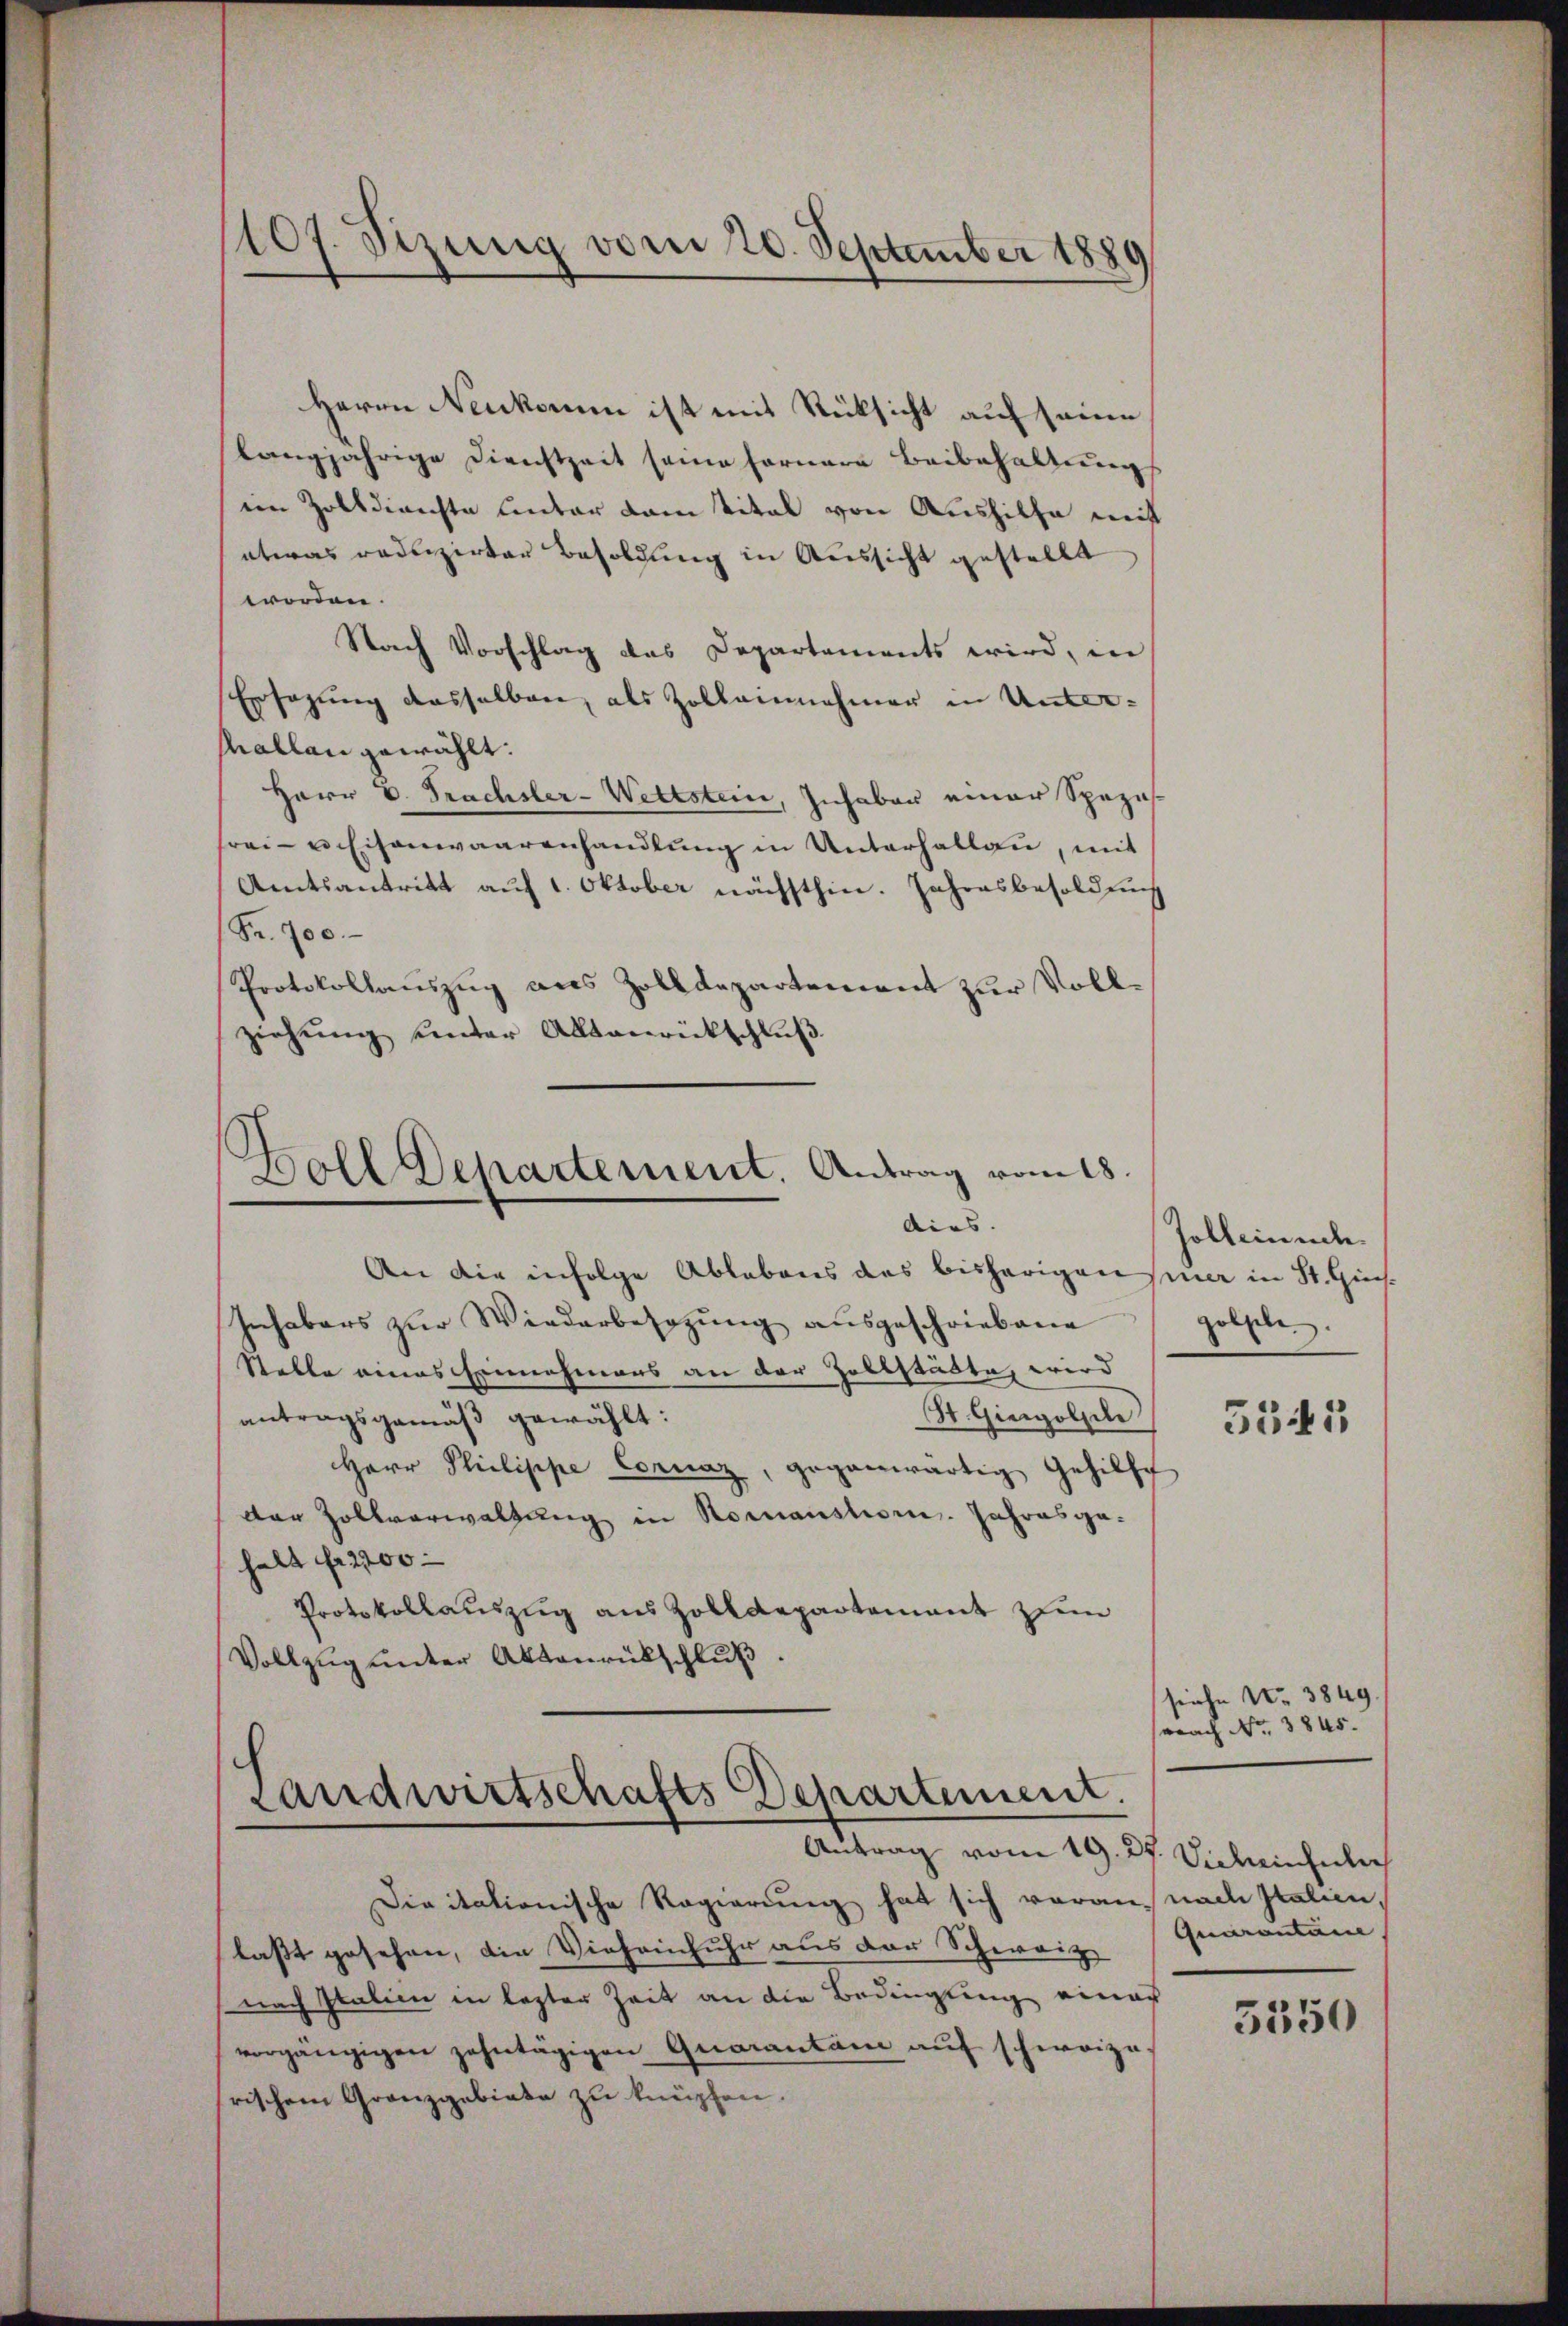
1107. Sizung vom 20. September 1880

Herrn Neukomm ist mit Rücksicht auf seine
langjährige Dienstzeit seine fernere Beibehaltungs
im Zolldienste unter dem Vital von Aushilfe mit
etwas publizirten Besoldung in Aussicht gestellt
worden.
Nach Vorschlag das Departements wird, in
Ersagung dasselben, als Zolleinnehmer in Unterphallan gewählt:
Herr C. Frachsler-Wettstein, Inhaber einer Spezes
frei- u. Eisenwaarenhandlung in Unterhallen, mit
Amtsantritt auf 1. Oktober nächsthin. Jahresbesoldung
Fr. 700.
Protokollauszug aus Zolldepartement zur Vollziehŭng ŭnter Alltaŭrückschlŭβ

Boll Departement. Antrag vom 18.
dirs.

An die infolge Ablebens des bisherigen siner in St. Gins¬
Inhabers zur Wiederbesezung ausgeschriebene
Stelle eines Einnahmens an der Zollstädte, wird
St. Gingolzen
antragsgemäß gewählt:
Herr Philippe Cornaz, gegenwärtig Gehilfe
dar Zollverwaltung in Romanstor. Jahresgahalt Fr. 2200
Protokollauszug aus Zolldepartement zum
Vollzŭg ŭnter Aktenrückschluß.

Landwirtschafts Departement.
Antrag vom 19. 27. Videnseler

Divitationische Regierung hat sich voran-
laßt gesehen, die Vieheinfuhr aus der Schweiz
nach Italien in lezter Zeit an die Bedingung einer
vorgängigen zehntägigen Quarantan auf schweize
rischem Granzgebiete zu knüpfen.

sollende.
golten

5545

seiche No. 3849.
sprach No. 3845.

nach Italien.
Quarantane
5350